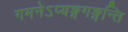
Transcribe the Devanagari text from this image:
गमनेऽप्यङ्गगङ्गन्ति